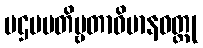
ပဌမပတိဗ္ဗတာဝိမာနဝတ္ထု